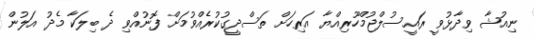
ނިއުޝާ ވިދާޅުވީ ރައީސުލްޖުމްހޫރިއްޔާ އަރިހަށް ތަސްދީގުކުރެއްވުމަށް ފޮނުއްވި ދެ ބިލަކާ މެދު އަލުން